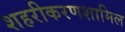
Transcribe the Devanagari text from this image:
शहरीकरणशामिल